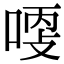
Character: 𠶺